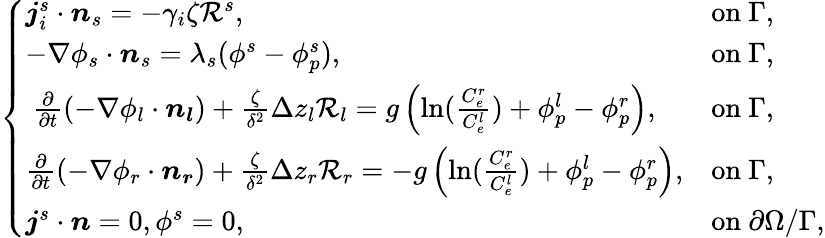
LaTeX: \left\{ \begin{array}{ll}{\boldsymbol{j}_{i}^{s}\cdot\boldsymbol{n}_{s}=-\gamma_{i}\zeta\mathcal{R}^{s},}&{\mathrm{on~}\Gamma,}\\ {-\nabla\phi_{s}\cdot\boldsymbol{n}_{s}=\lambda_{s}(\phi^{s}-\phi_{p}^{s}),}&{\mathrm{on~}\Gamma,}\\ {~\frac{\partial}{\partial t}(-\nabla\phi_{l}\cdot\boldsymbol{n_{l}})+\frac{\zeta}{\delta^{2}}\Delta z_{l}\mathcal{R}_{l}=g\left(\ln(\frac{C_{e}^{r}}{C_{e}^{l}})+\phi_{p}^{l}-\phi_{p}^{r}\right),}&{\mathrm{on~}\Gamma,}\\ {\frac{\partial}{\partial t}(-\nabla\phi_{r}\cdot\boldsymbol{n_{r}})+\frac{\zeta}{\delta^{2}}\Delta z_{r}\mathcal{R}_{r}=-g\left(\ln(\frac{C_{e}^{r}}{C_{e}^{l}})+\phi_{p}^{l}-\phi_{p}^{r}\right),}&{\mathrm{on~}\Gamma,}\\ {\boldsymbol{j}^{s}\cdot\boldsymbol{n}=0,\phi^{s}=0,}&{\mathrm{on~}\partial\Omega/\Gamma,}\end{array}\right.